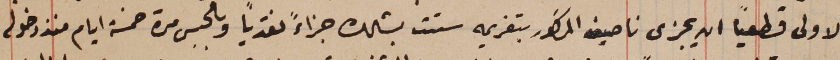
الاولى قطعياً ان يجزى ناصيف المذكور بتغريمه ستت بشلك جزاءً نقدياً وبالحبس مدة خمسة ايام منذ دخوله